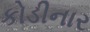
કોડીનાર